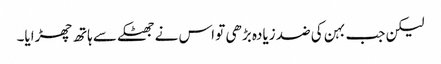
لیکن جب بہن کی ضد زیادہ بڑھی تو اس نے جھٹکے سے ہاتھ چھڑایا۔